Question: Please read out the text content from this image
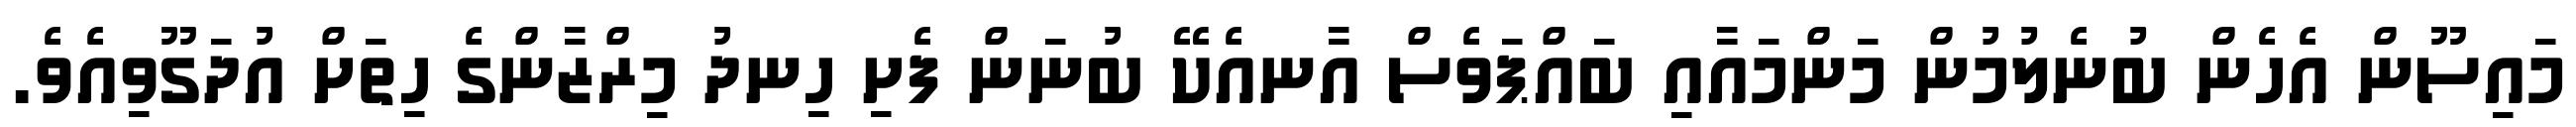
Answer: މައިސޫން އެހެން ބުނެލުމުން މަންމައާއި ބައްޕަވެސް އާނއެކޭ ބުނަން ފެށި ހިނދު މިރްޒާންގެ ހިތަށް އުދަގޫވިއެވެ.